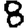
Digit: 8